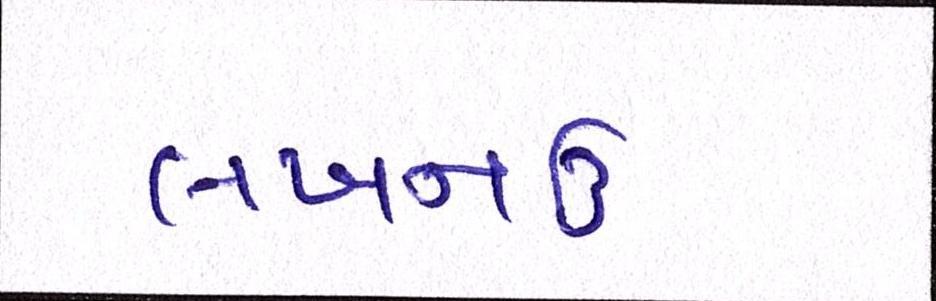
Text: લખનઉ